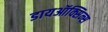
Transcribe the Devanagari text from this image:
डायऑक्सिन्स